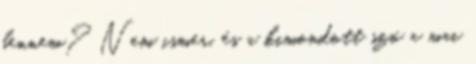
bennem? Nem ismer, és a kimondott szó a mai